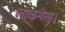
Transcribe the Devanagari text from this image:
लोकनेता।